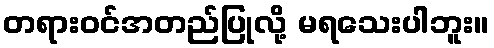
တရားဝင်အတည်ပြုလို့ မရသေးပါဘူး။